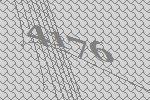
4176